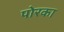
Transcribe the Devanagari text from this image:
पोरका